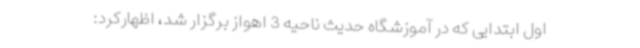
اول ابتدایی که در آموزشگاه حدیث ناحیه 3 اهواز برگزار شد، اظهارکرد: